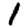
Digit: 1